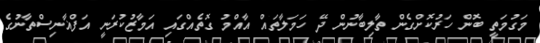
މަގުމަތީ ބޮން ހަރުކޮށްގެން ތާލިބާނުން ދޭ ހަމަލާތައް އާއްމު ގޮތެއްގައި އަމާޒުކުރަނީ އަފްޣާނިސްތާނުގެ